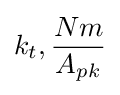
k_{t},{\frac {Nm}{A_{pk}}}